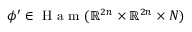
\phi ^ { \prime } \in \textup { H a m } ( \mathbb { R } ^ { 2 n } \times \mathbb { R } ^ { 2 n } \times N )